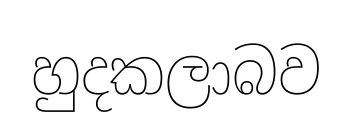
හුදකලාබව